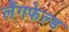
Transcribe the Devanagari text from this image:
लैंगफेल्ड